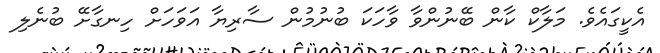
އެކީގައެވެ. މަލާކް ކާން ބޭނުންވާ ވާހަކަ ބުނުމުން ސާރިޔާ އަވަހަށް ހިނގާށޭ ބުނެލި